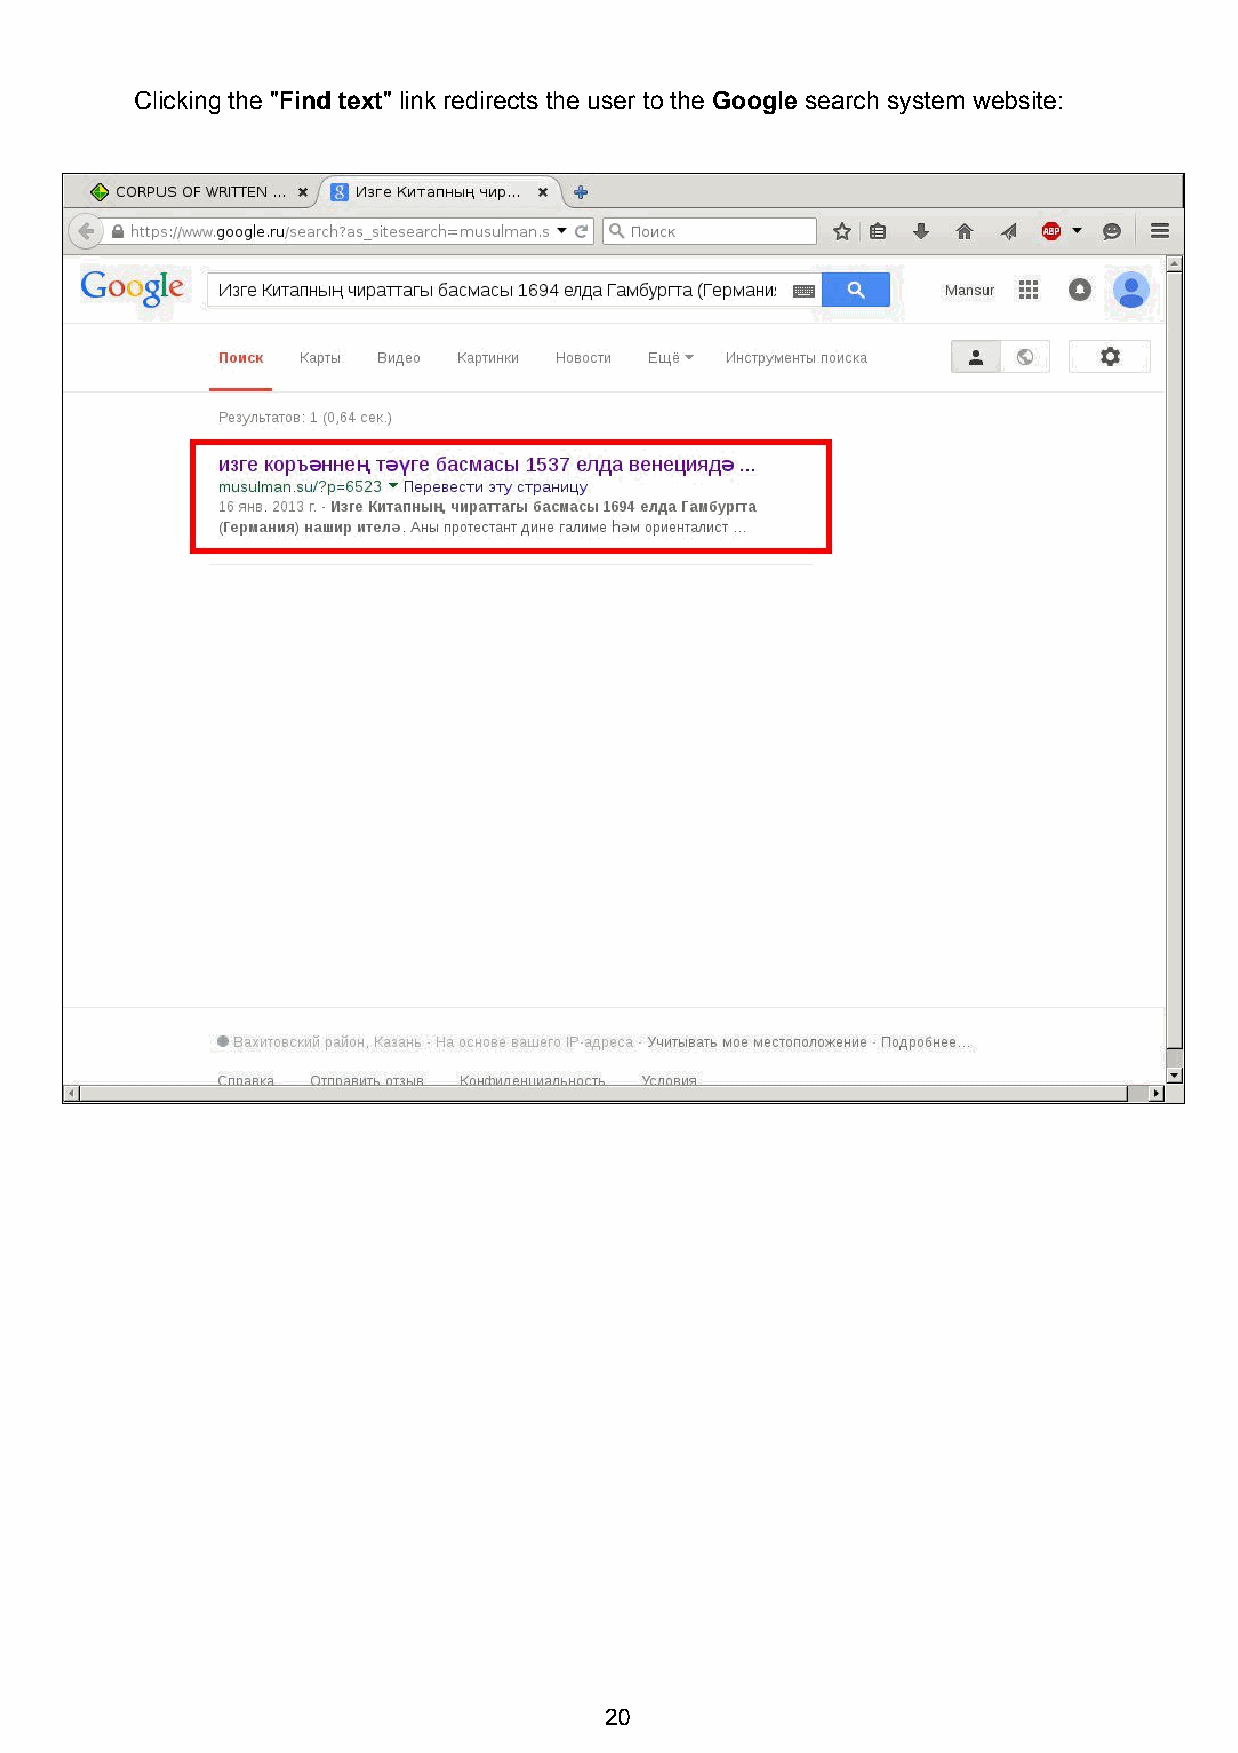
Clicking the "Find text" link redirects the user to the Google search system website:
 ​      ​                     ​     ​
 20